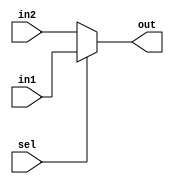
module MUX #(
    parameter WIDTH = 32
) (
    output wire [WIDTH-1:0] out, 
    input  wire [WIDTH-1:0] in1, in2,
    input  wire             sel
);

assign out = (sel) ? in1 : in2;
    
endmodule